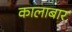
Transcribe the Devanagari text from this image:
कालाबार